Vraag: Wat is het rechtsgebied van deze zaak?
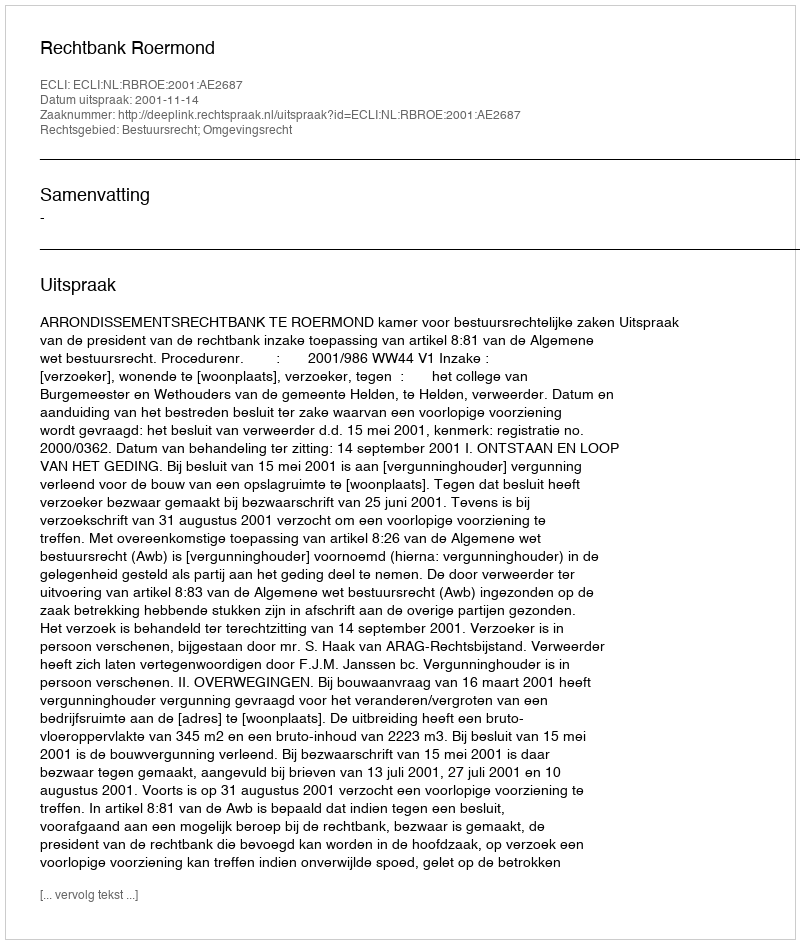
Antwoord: Bestuursrecht; Omgevingsrecht